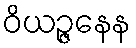
ဝိယဉ္ဇနေန